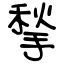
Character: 揫